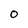
Character: O